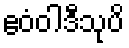
ဧဝံဝါဒီသုပိ